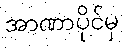
အာဏာပိုင်မှ